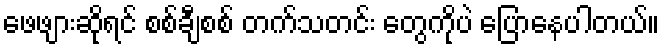
ဖေဖျားဆိုရင် စစ်ချီစစ် တက်သတင်း တွေကိုပဲ ပြောနေပါတယ်။